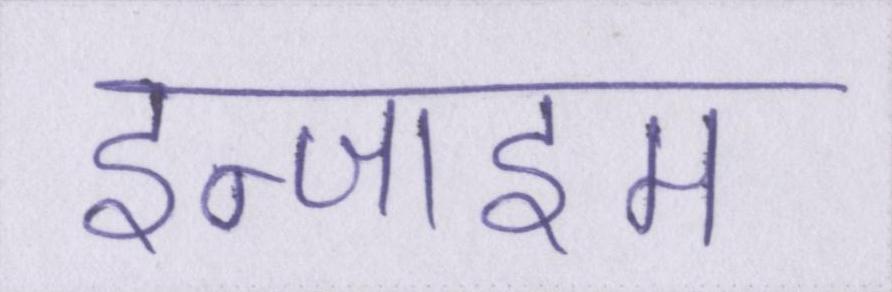
इन्जाइम